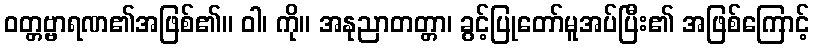
ဝတ္တဗ္ဗာရဏ၏အဖြစ်၏။ ဝါ၊ ကို။ အနုညာတတ္တာ၊ ခွင့်ပြုတော်မူအပ်ပြီး၏ အဖြစ်ကြောင့်